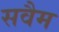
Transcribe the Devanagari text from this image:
सवैम